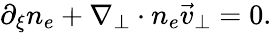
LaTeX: \begin{array}{r}{\partial_{\xi}n_{e}+\nabla_{\perp}\cdot n_{e}\vec{v}_{\perp}=0.}\end{array}